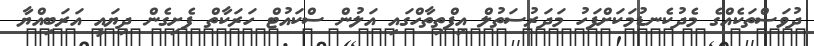
ދުވަސްތަކެއްގެ މެދުކެނޑުމަކަށްފަހު މަދަރުސަތުލް އިފްތިތާހްގައި އަލުން ސްކައުޓް ހަރަކާތް ފެށިގެން ދިޔައީ އަރަބިއްޔާ